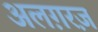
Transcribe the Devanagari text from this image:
अलग़रज़